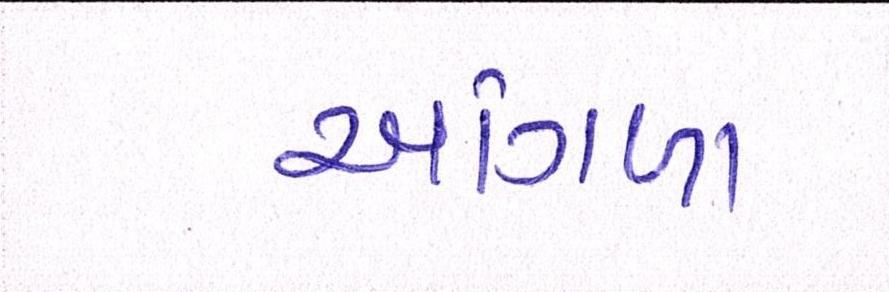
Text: આંગળા